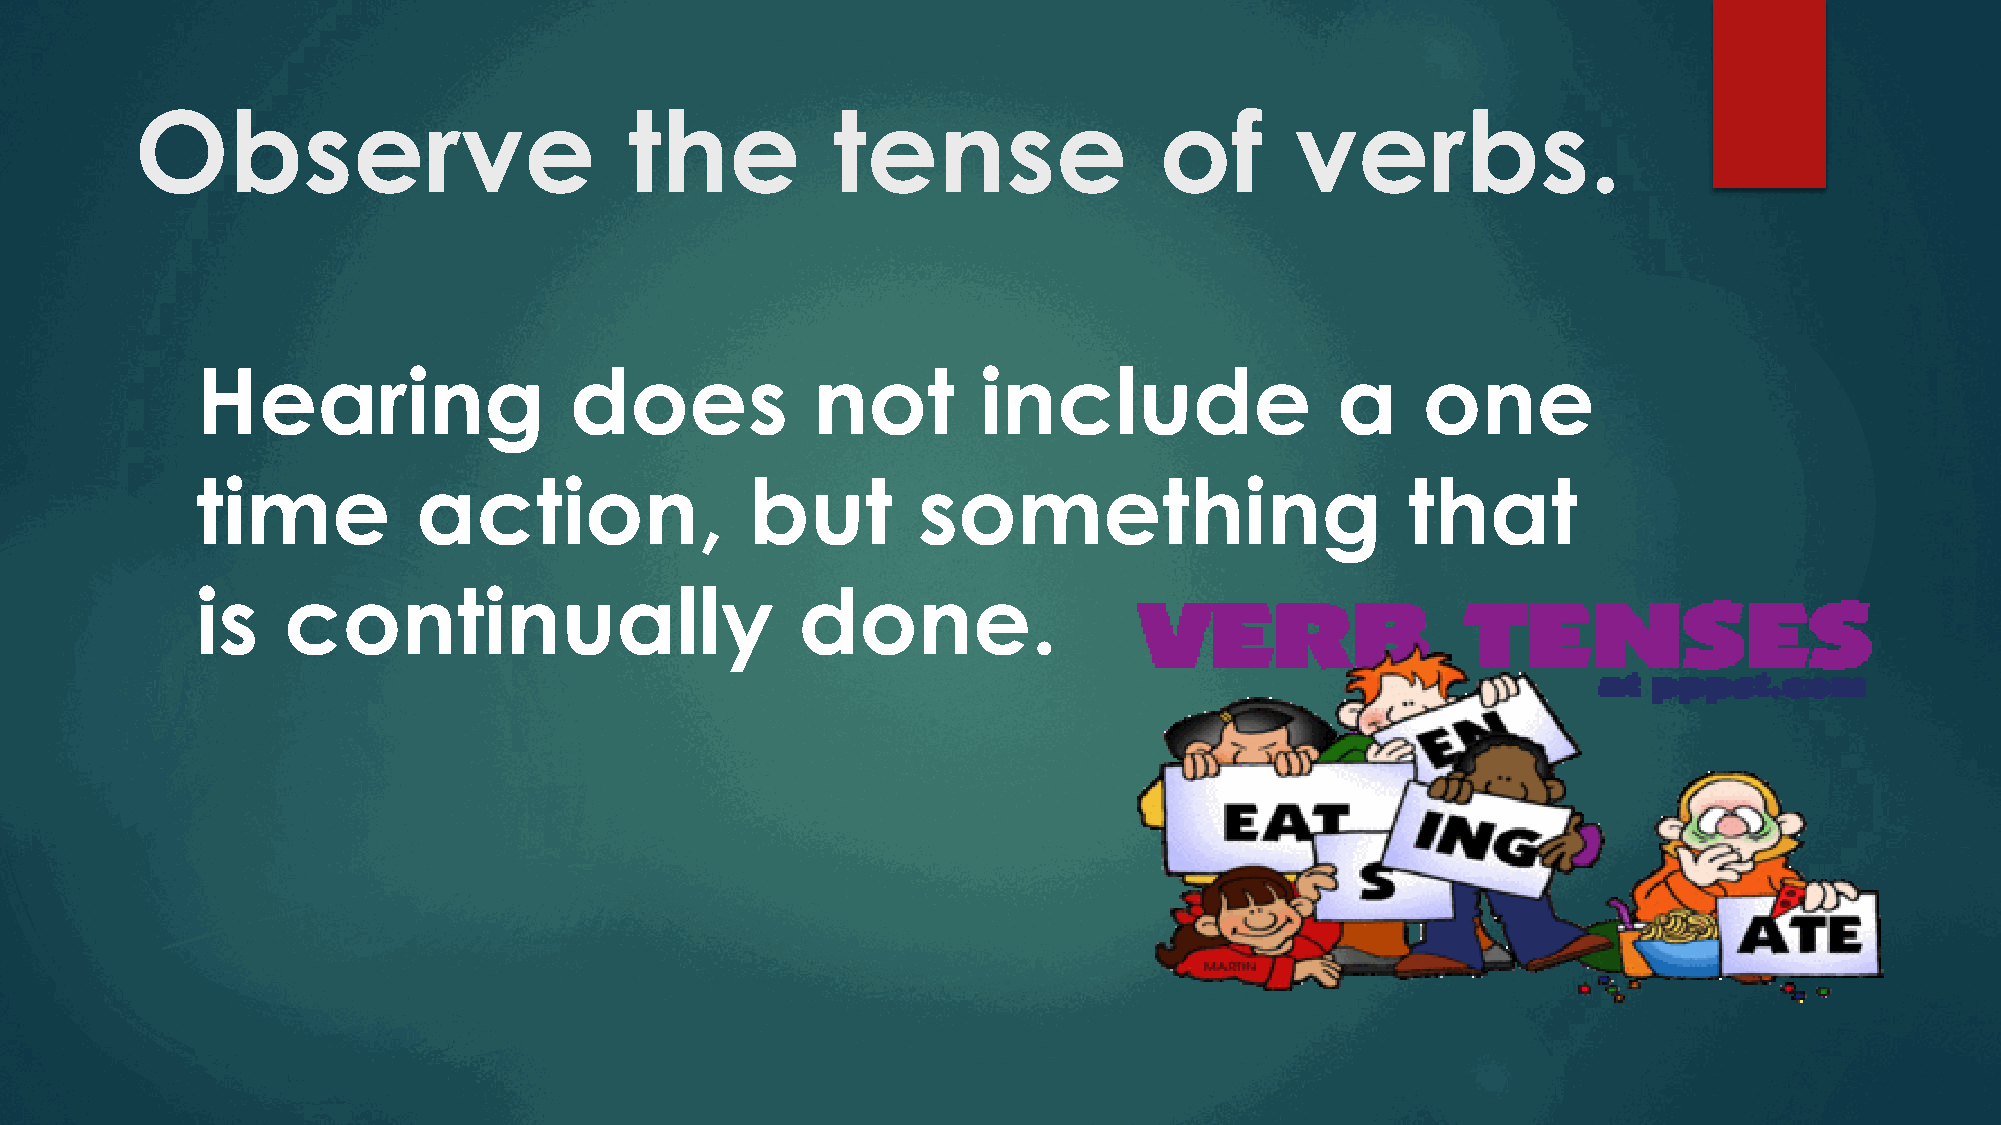
Observe                          the          tense                 of       verbs.
 Hearing                  does            not        include                a     one
 time           action,               but        something                       that
 is    continually                       done.